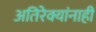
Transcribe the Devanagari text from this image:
अतिरेक्यांनाही